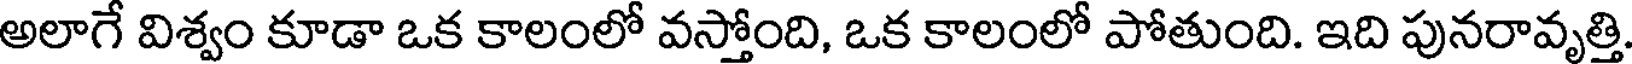
అలాగే విశ్వం కూడా ఒక కాలంలో వస్తోంది, ఒక కాలంలో పోతుంది. ఇది పునరావృత్తి